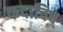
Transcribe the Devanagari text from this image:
कदाचिच्